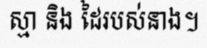
ស្មា និង ដៃរបស់នាង។